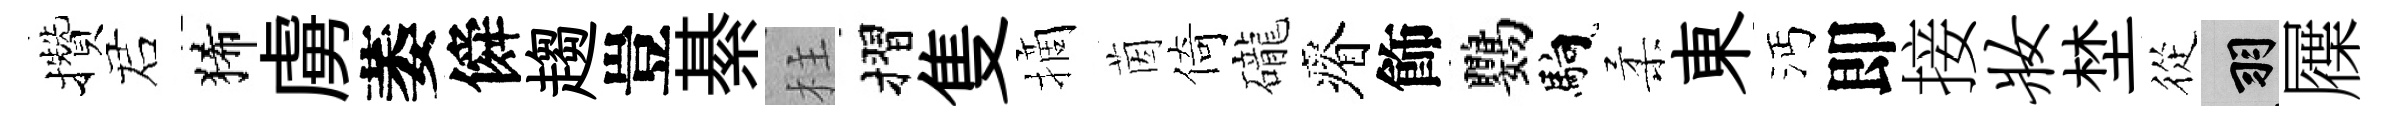
攢诺狶虜萎僢趨豈綦柱摺隻摘茵倚礲瘠飾鸚馿柔東沔即接妆埜從羽屧